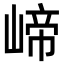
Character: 崹